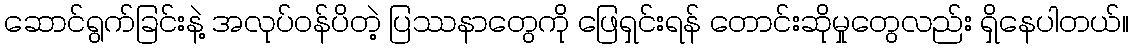
ဆောင်ရွက်ခြင်းနဲ့ အလုပ်ဝန်ပိတဲ့ ပြဿနာတွေကို ဖြေရှင်းရန် တောင်းဆိုမှုတွေလည်း ရှိနေပါတယ်။